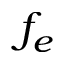
f _ { e }